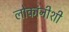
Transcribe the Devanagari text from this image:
लोकांनीशी